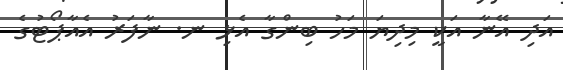
އަދި އޭނާ އަކީ މިދިޔަ މަހު ބިންގާ އެޅި ނ. ނާފަރު އެއާޕޯޓުގެ